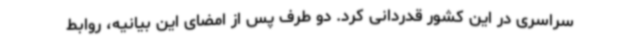
سراسری در این کشور قدردانی کرد. دو طرف پس از امضای این بیانیه، روابط